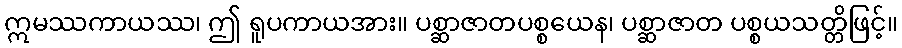
ဣမဿကာယဿ၊ ဤ ရူပကာယအား။ ပစ္ဆာဇာတပစ္စယေန၊ ပစ္ဆာဇာတ ပစ္စယသတ္တိဖြင့်။